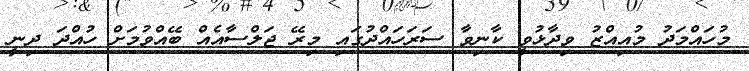
މުހައްމަދު މުއިއްޒު ވިދާޅުވީ ކާނިވާ ސަރަހައްދުގައި މިރޭ ޖަލްސާއެއް ބޭއްވުމަށް ހުއްދަ ދިނީ